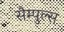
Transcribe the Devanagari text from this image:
सैम्पुल्स